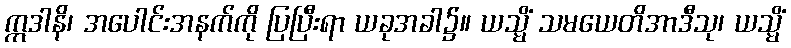
ဣဒါနိ၊ အပေါင်းအနက်ကို ပြပြီးရာ ယခုအခါ၌။ ယသ္မိံ သမယေတိအာဒီသု၊ ယသ္မိံ